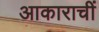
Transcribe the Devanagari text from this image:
आकाराचीं